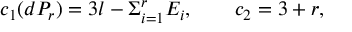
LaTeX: c _ { 1 } ( d P _ { r } ) = 3 l - \Sigma _ { i = 1 } ^ { r } E _ { i } , \qquad c _ { 2 } = 3 + r ,